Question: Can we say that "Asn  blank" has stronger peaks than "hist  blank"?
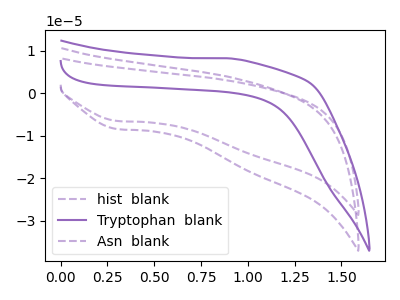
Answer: <think>The purple dashed curve "hist  blank" has a cathodic peak at: (0.30V, -6.50uA). The purple curve "Tryptophan  blank" has no peaks. The purple dashed curve "Asn  blank" has a cathodic peak at: (0.30V, -8.40uA).</think>
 <answer>Every peak in "Asn  blank" is higher than every peak in "hist  blank".</answer>
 <eval>higher</eval>